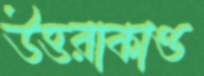
উত্তরাকাণ্ড